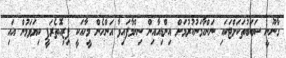
ގާނޫނީ ސަބަބުތަކަށްޓަކައި ނަންހާމަނުކުރުމަށް އިންޑިއާއިން ނިންމާފައިވާ އަންހެން މީހާއަކީ ފިޒިއޮތެރަޕީ ކިޔަވަމުން އައި